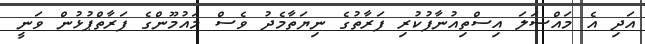
އަދި އެ މައްސަލަ އިސްތިއުނާފުކުރި ފަރާތުގެ ނިޔަތާމެދު ވެސް މައުމޫންގެ ފަރާތްޕުޅުން ވަނީ